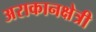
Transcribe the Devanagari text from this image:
अराकानक्षेत्री